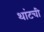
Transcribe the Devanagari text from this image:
थांटची